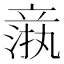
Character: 𬔦